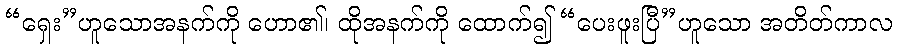
“ရှေး”ဟူသောအနက်ကို ဟော၏၊ ထိုအနက်ကို ထောက်၍ “ပေးဖူးပြီ”ဟူသော အတိတ်ကာလ